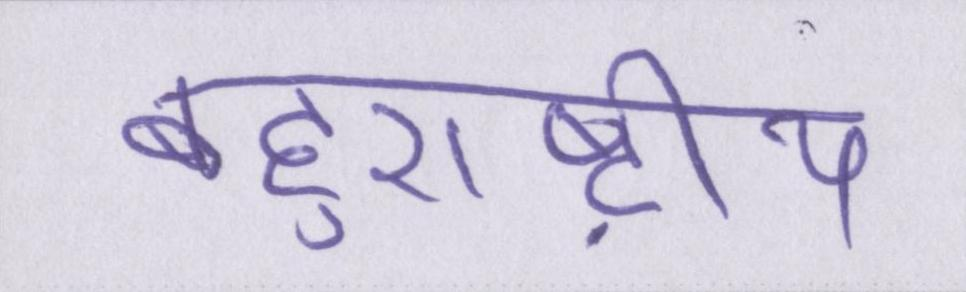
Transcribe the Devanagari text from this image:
बहुराष्ट्रीय